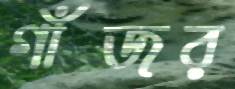
গাঁজর